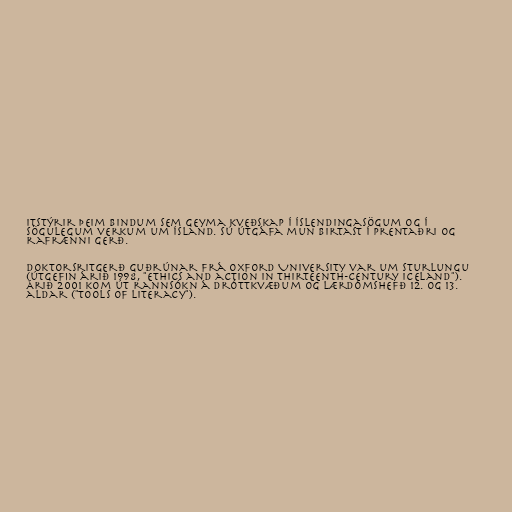
itstýrir þeim bindum sem geyma kveðskap í Íslendingasögum og í
sögulegum verkum um Ísland. Sú útgáfa mun birtast í prentaðri og
rafrænni gerð.

Doktorsritgerð Guðrúnar frá Oxford University var um Sturlungu
(útgefin árið 1998, "Ethics and action in Thirteenth-century Iceland").
Árið 2001 kom út rannsókn á dróttkvæðum og lærdómshefð 12. og 13.
aldar ("Tools of Literacy").